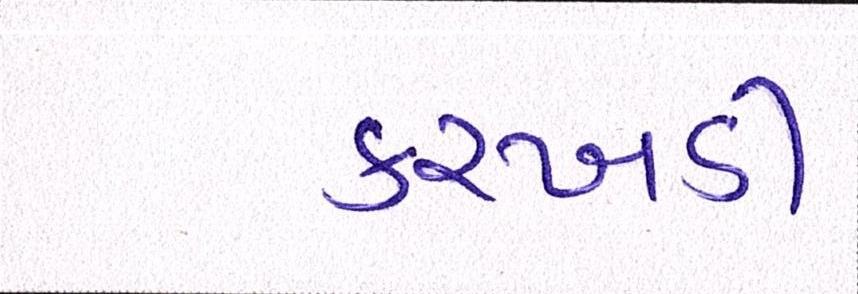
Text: કરખડી